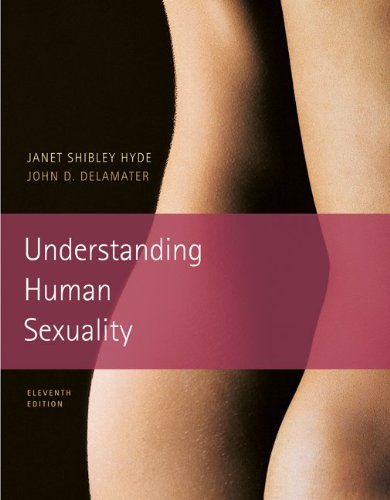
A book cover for Understanding Human Sexuality, 11th Edition; Janet Shibley Hyde; Medical Books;